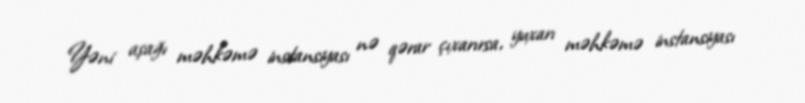
Yəni aşağı məhkəmə instansiyası nə qərar çıxarırsa, yuxarı məhkəmə instansiyası